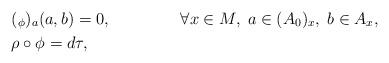
LaTeX: \begin{align*} & (_\phi)_a(a,b) = 0,\;\;\;\;\;\;\;\;\;\;\;\;\;\;\; \forall x\in M,\; a\in (A_0)_x,\;b\in A_x, \\ & \rho \circ \phi = d\tau, \end{align*}